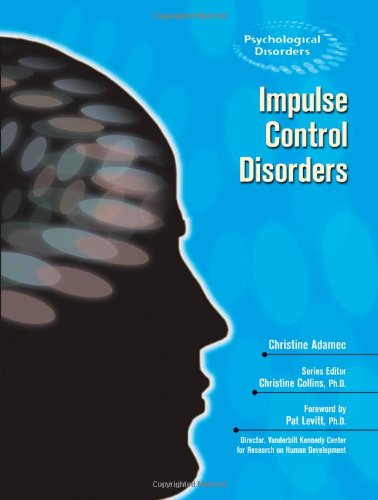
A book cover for Impulse Control Disorders (Psychological Disorders); Christine A. Adamec; Teen & Young Adult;